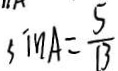
\sin A = \frac { 5 } { 1 3 }